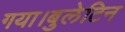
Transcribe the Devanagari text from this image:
गया।बुलेटिन